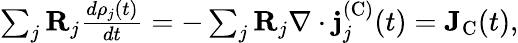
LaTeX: \begin{array}{r}{\sum_{j}\mathbf{R}_{j}\frac{d\rho_{j}(t)}{dt}=-\sum_{j}\mathbf{R}_{j}\nabla\cdot\mathbf{j}_{j}^{(\textrm{C})}(t)=\mathbf{J}_{\textrm{C}}(t),}\end{array}